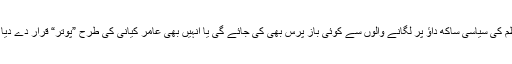
وزیر اعظم کی سیاسی ساکھ داؤ پر لگانے والوں سے کوئی باز پُرس بھی کی جائے گی یا انہیں بھی عامر کیانی کی طرح ”پوتر“ قرار دے دیا جائے گا۔